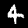
Label: 4